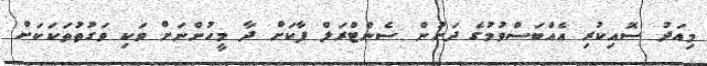
މިއަދު ސޮއިކުރި އެއްބަސްވުމުގެ ދަށުން ސެންޓްރަލް ފާކަށް ދާ މީހުންނަށް ވަކި ވަގުތުތަކަކަށް